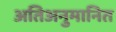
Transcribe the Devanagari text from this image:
अतिअनुमानित